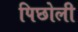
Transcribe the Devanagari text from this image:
पिछोली